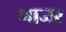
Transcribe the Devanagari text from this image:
नाजर